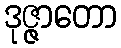
ဒုဇ္ဇာတော